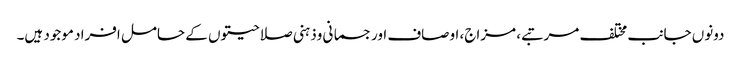
دونوں جانب مختلف مرتبے، مزاج، اوصاف اورجسمانی وذہنی صلاحیتوں کے حامل افراد موجود ہیں۔